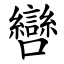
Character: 㘘